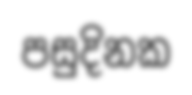
පසුදිනක